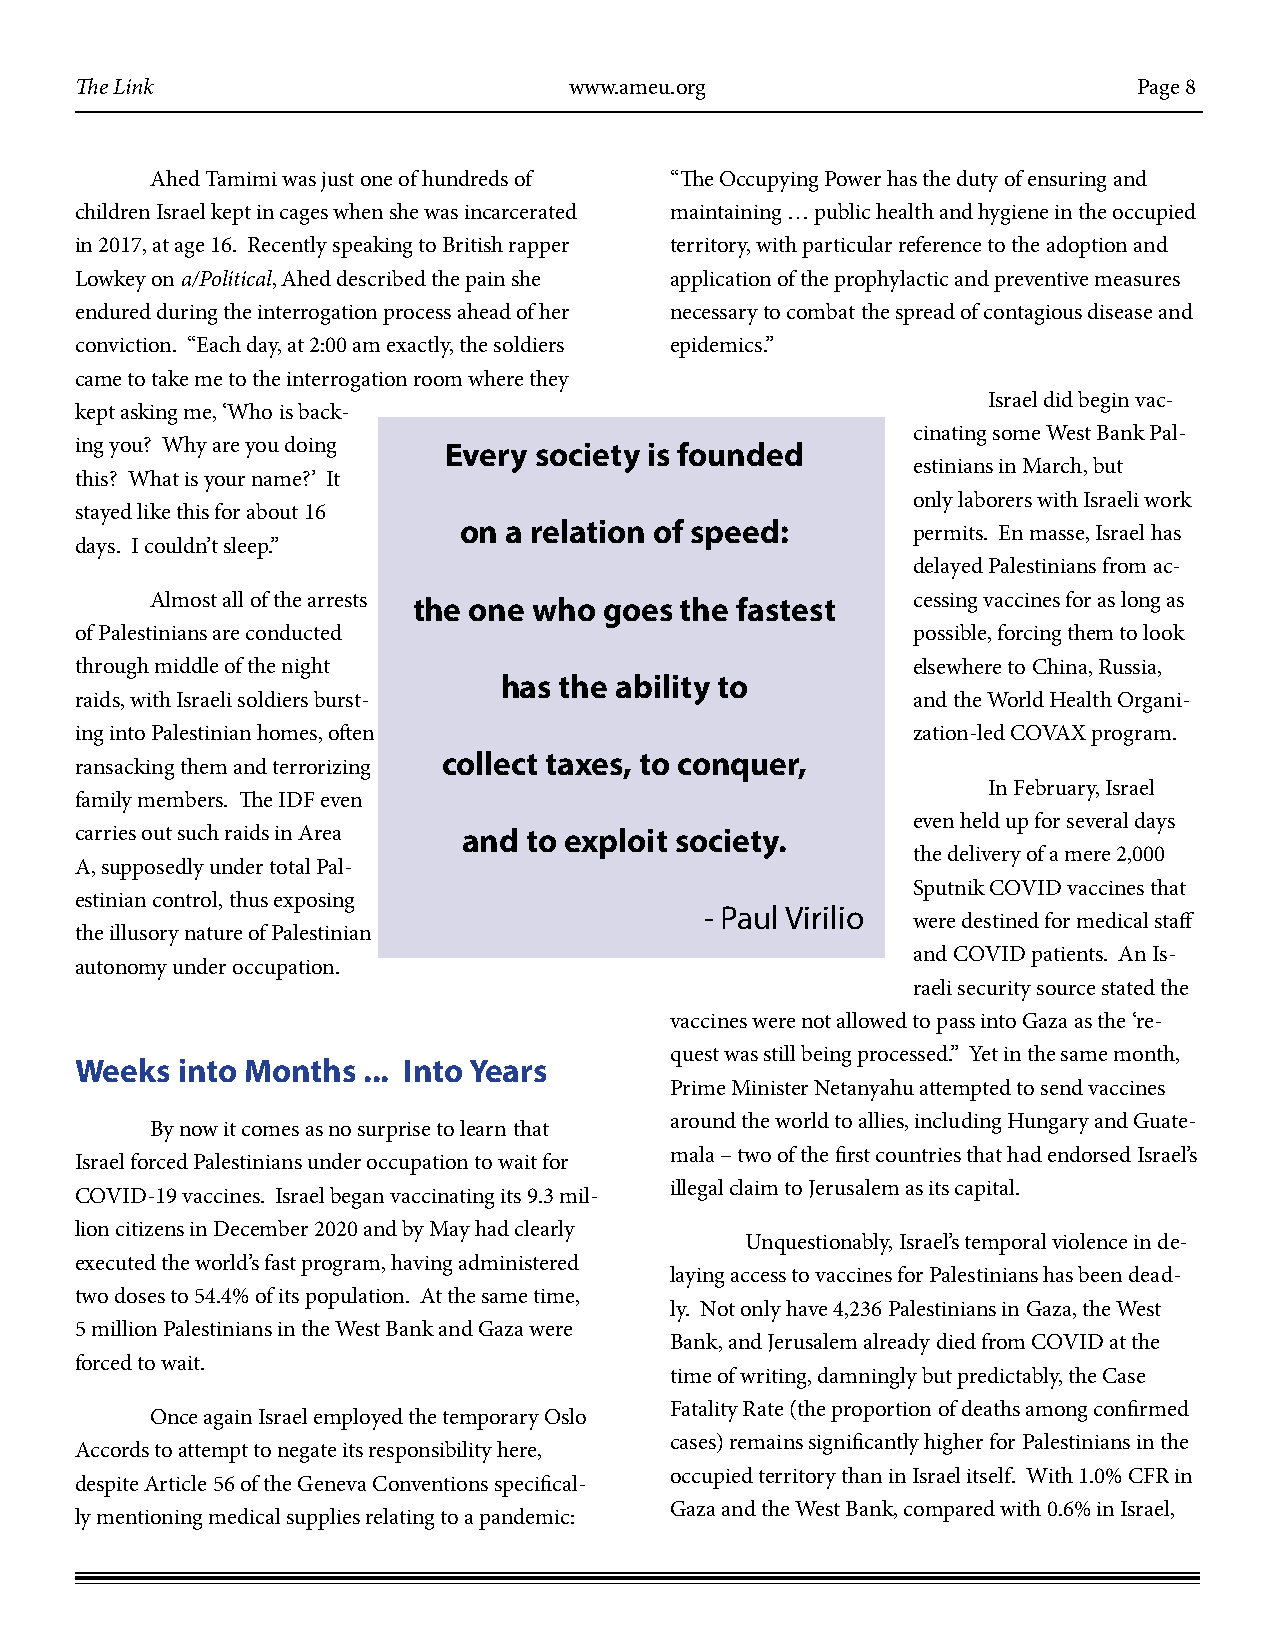
The Link                         www.ameu.org                         Page 8
 Ahed Tamimi was just one of hundreds of “The Occupying Power has the duty of ensuring and
 children Israel kept in cages when she was incarcerated maintaining … public health and hygiene in the occupied
 in 2017, at age 16. Recently speaking to British rapper territory, with particular reference to the adoption and
 Lowkey on a/Political, Ahed described the pain she application of the prophylactic and preventive measures
 endured during the interrogation process ahead of her necessary to combat the spread of contagious disease and
 conviction. “Each day, at 2:00 am exactly, the soldiers epidemics.”
 came to take me to the interrogation room where they
 Israel did begin vac-
 kept asking me, ‘Who is back-
 cinating some West Bank Pal-
 ing you? Why are you doing Every society is founded
 estinians in March, but
 this? What is your name?’ It
 only laborers with Israeli work
 stayed like this for about 16
 on a relation of speed:
 permits. En masse, Israel has
 days. I couldn’t sleep.”
 delayed Palestinians from ac-
 Almost all of the arrests the one who goes the fastest cessing vaccines for as long as
 of Palestinians are conducted                          possible, forcing them to look
 through middle of the night                            elsewhere to China, Russia,
 has the ability to
 raids, with Israeli soldiers burst-                    and the World Health Organi-
 ing into Palestinian homes, often                      zation-led COVAX program.
 collect taxes, to conquer,
 ransacking them and terrorizing
 In February, Israel
 family members. The IDF even
 even held up for several days
 carries out such raids in Area and to exploit society.
 the delivery of a mere 2,000
 A, supposedly under total Pal-
 Sputnik COVID vaccines that
 estinian control, thus exposing
 - Paul Virilio
 were destined for medical staff
 the illusory nature of Palestinian
 and COVID patients. An Is-
 autonomy under occupation.
 raeli security source stated the
 vaccines were not allowed to pass into Gaza as the ‘re-
 quest was still being processed.” Yet in the same month,
 Weeks  into Months ... Into Years
 Prime Minister Netanyahu attempted to send vaccines
 around the world to allies, including Hungary and Guate-
 By now it comes as no surprise to learn that
 mala – two of the first countries that had endorsed Israel’s
 Israel forced Palestinians under occupation to wait for
 illegal claim to Jerusalem as its capital.
 COVID-19 vaccines. Israel began vaccinating its 9.3 mil-
 lion citizens in December 2020 and by May had clearly
 Unquestionably, Israel’s temporal violence in de-
 executed the world’s fast program, having administered
 laying access to vaccines for Palestinians has been dead-
 two doses to 54.4% of its population. At the same time,
 ly. Not only have 4,236 Palestinians in Gaza, the West
 5 million Palestinians in the West Bank and Gaza were
 Bank, and Jerusalem already died from COVID at the
 forced to wait.
 time of writing, damningly but predictably, the Case
 Fatality Rate (the proportion of deaths among confirmed
 Once again Israel employed the temporary Oslo
 cases) remains significantly higher for Palestinians in the
 Accords to attempt to negate its responsibility here,
 occupied territory than in Israel itself. With 1.0% CFR in
 despite Article 56 of the Geneva Conventions specifical-
 Gaza and the West Bank, compared with 0.6% in Israel,
 ly mentioning medical supplies relating to a pandemic: